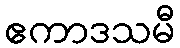
ဧကာဒသမီ